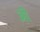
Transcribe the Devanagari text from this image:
अॊ